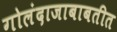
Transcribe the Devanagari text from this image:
गोलंदाजाबाबतीत